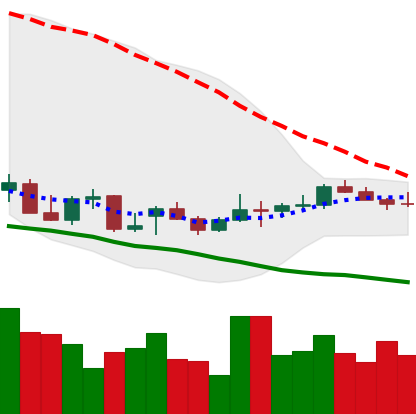
Ticker: LTC-USD
Chart end date: 2021-12-27
Forward return: -3.326%
Label: down_3_5